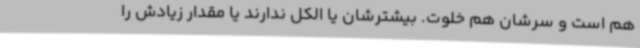
هم است و سرشان هم خلوت. بیشترشان یا الکل ندارند یا مقدار زیادش را